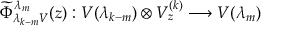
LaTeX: \widetilde \Phi _ { \lambda _ { k - m } V } ^ { \lambda _ { m } } ( z ) : V ( \lambda _ { k - m } ) \otimes V _ { z } ^ { ( k ) } \longrightarrow V ( \lambda _ { m } )